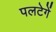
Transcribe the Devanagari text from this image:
पलटेगें